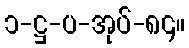
၁-ဋ္ဌ-ပ-အုပ်-၈၄။